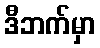
ဒီဘက်မှာ